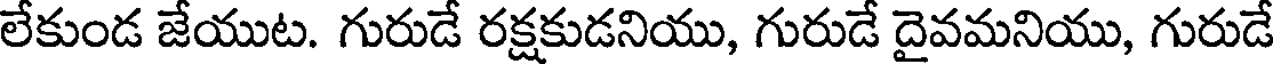
లేకుండ జేయుట. గురుడే రక్షకుడనియు, గురుడే దైవమనియు, గురుడే